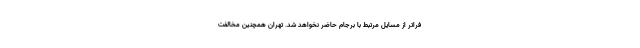
فراتر از مسایل مرتبط با برجام حاضر نخواهد شد. تهران همچنین مخالفت